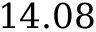
1 4 . 0 8